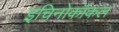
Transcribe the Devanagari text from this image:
इचिनोकॉकल